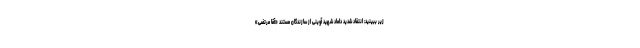
زیر ببینید: انتقاد شدید داماد شهید آوینی از سازندگان مستند «آقا مرتضی»